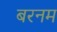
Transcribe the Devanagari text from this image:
बरनम